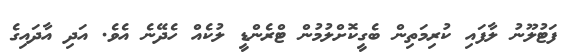
ފަޓުލޫނު ލާފައި ކުރިމަތިން ބެގީކޮށްލުމުން ޓްރެންޑީ ލުކެއް ހެދޭނެ އެވެ. އަދި އާދައިގެ